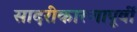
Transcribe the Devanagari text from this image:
सादरीकारणापूर्वी